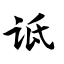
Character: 诋